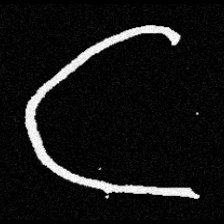
Pyu character \u2014 Myanmar letter: ဋ (romanized: tta)